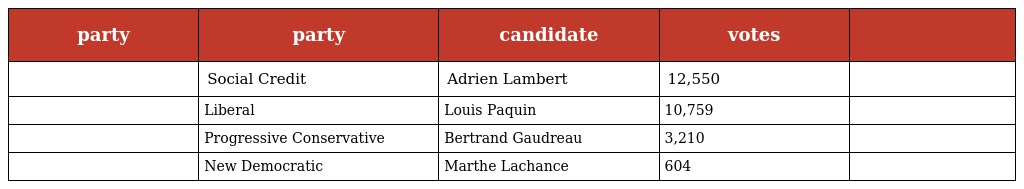
| party | party | candidate | votes |  |
 | --- | --- | --- | --- | --- |
 |  | Social Credit | Adrien Lambert | 12,550 |  |
 |  | Liberal | Louis Paquin | 10,759 |  |
 |  | Progressive Conservative | Bertrand Gaudreau | 3,210 |  |
 |  | New Democratic | Marthe Lachance | 604 |  |